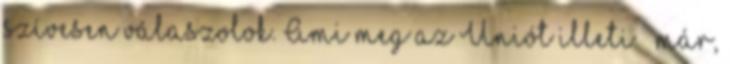
szívesen válaszolok. Ami meg az Uniót illeti – már,